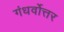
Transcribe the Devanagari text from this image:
गंधर्वोत्तर